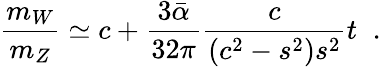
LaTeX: \frac{m_{W}}{m_{Z}}\simeq c+\frac{3\bar{\alpha}}{32\pi}\frac{c}{(c^{2}-s^{2})s^{2}}t\; \; .